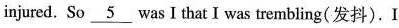
injured, So \underline_{5} was I that I was trembling( 发抖). I